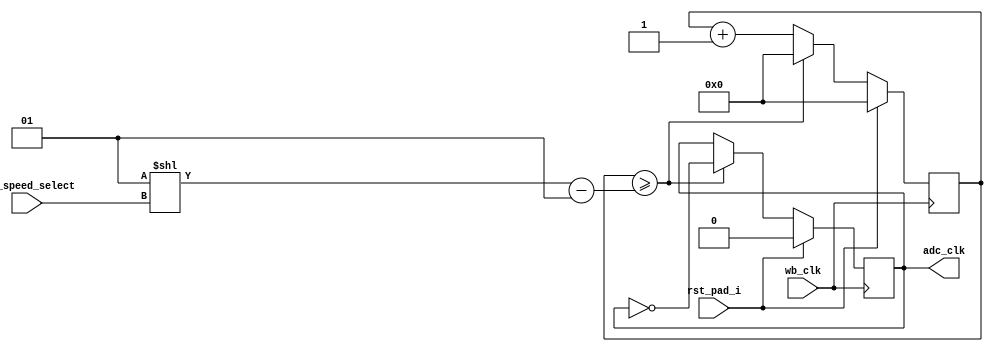
module adc_clk_gen (/*AUTOARG*/
   // Outputs
   adc_clk,
   // Inputs
   wb_clk, rst_pad_i, clk_speed_select
   ) ;
   input wb_clk;
   input rst_pad_i;
   input [2:0] clk_speed_select;
   output reg  adc_clk;

   reg [15:0] adc_clk_count;
   wire [7:0] adc_clk_count_terminal = (1 << clk_speed_select)-1;
   
   always @(posedge wb_clk)
     if (rst_pad_i) begin
        adc_clk <= 0;
        adc_clk_count <= 0;        
     end else begin
        adc_clk_count <=  adc_clk_count+1;        
        if (adc_clk_count >= adc_clk_count_terminal) begin
           adc_clk <= ~adc_clk;
           adc_clk_count <= 0;           
        end
     end
   
endmodule